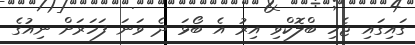
ގައިގައި ޖެހި ބްލޮކްވި އިރު އެ ބޯޅަ ދެ ވަނަ ފަހަރަށް ނިއުގެ